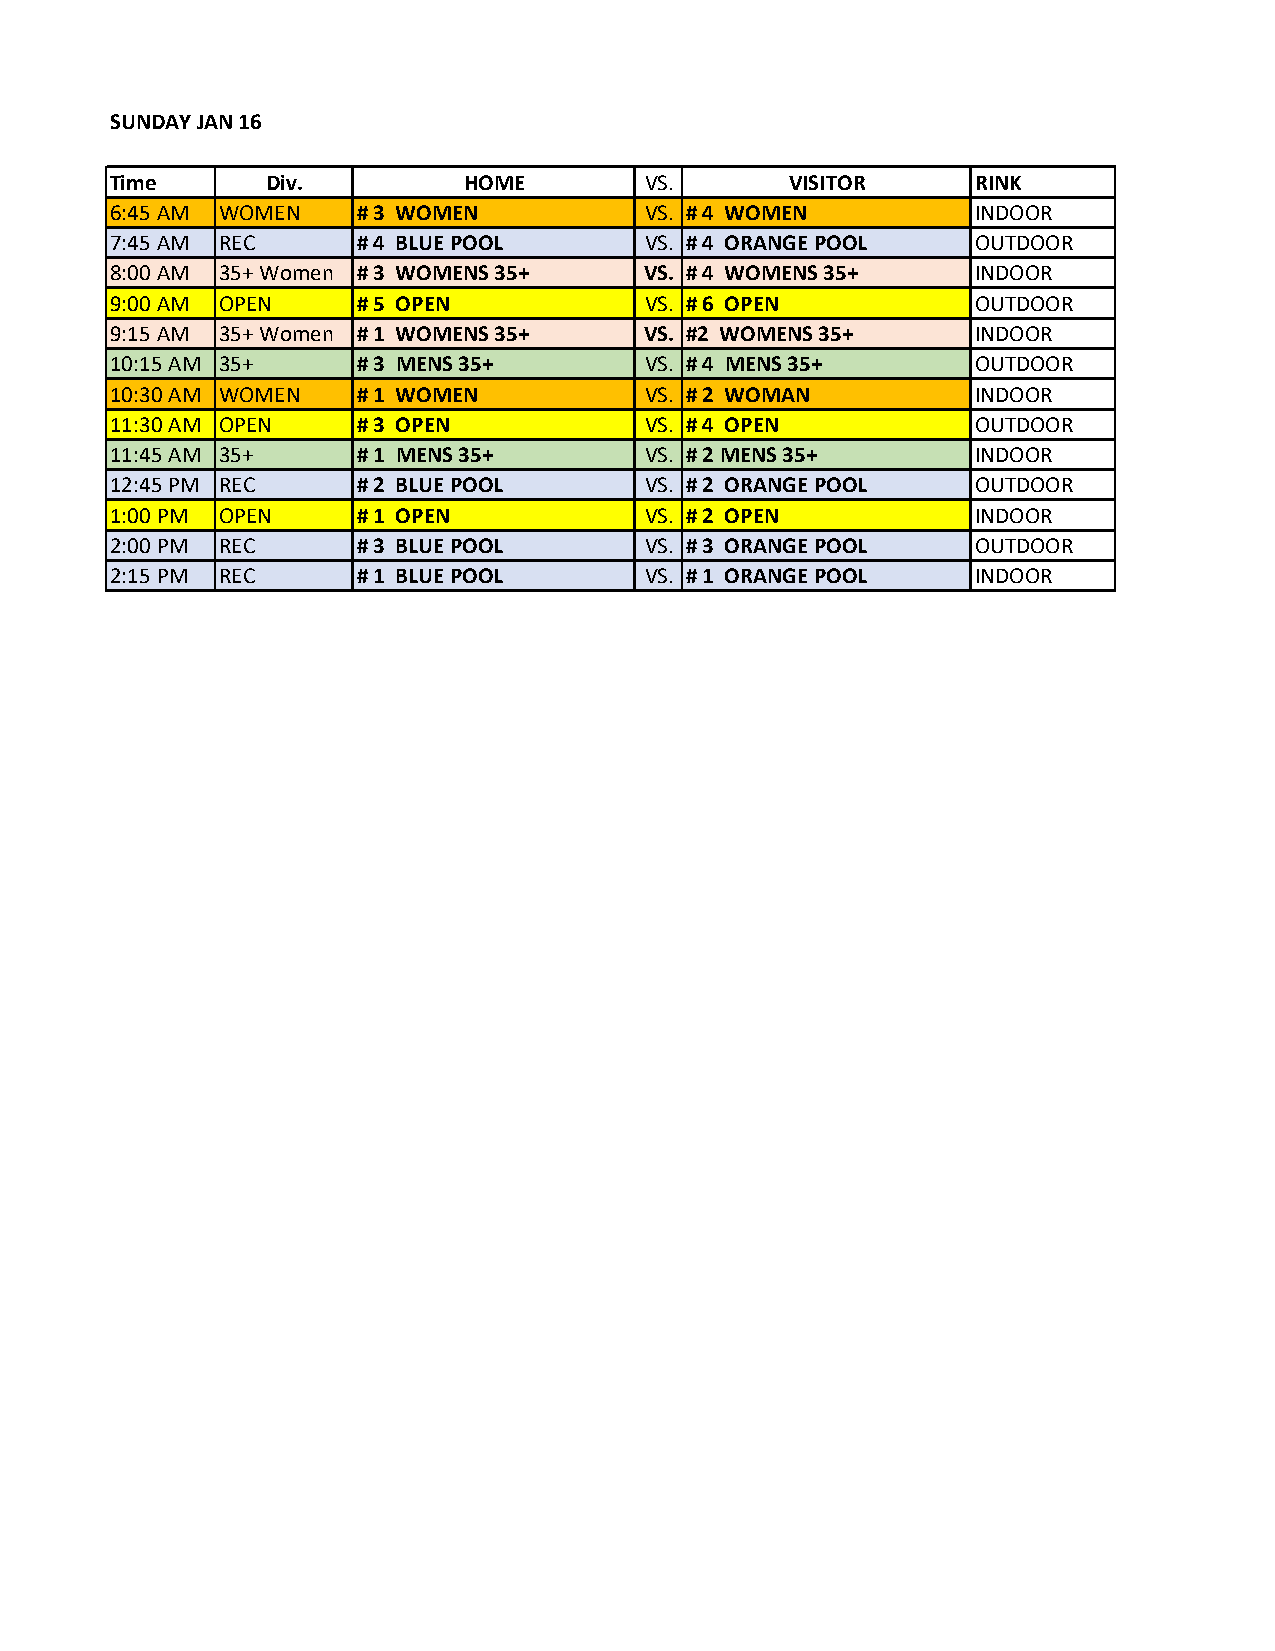
SUNDAY JAN 16
 Time       Div.         HOME        VS.      VISITOR      RINK
 6:45 AM WOMEN    # 3 WOMEN          VS. # 4 WOMEN         INDOOR
 7:45 AM REC      # 4 BLUE POOL      VS. # 4 ORANGE POOL   OUTDOOR
 8:00 AM 35+ Women # 3 WOMENS 35+    VS. # 4 WOMENS 35+    INDOOR
 9:00 AM OPEN     # 5 OPEN           VS. # 6 OPEN          OUTDOOR
 9:15 AM 35+ Women # 1 WOMENS 35+    VS. #2 WOMENS 35+     INDOOR
 10:15 AM 35+     # 3 MENS 35+       VS. # 4 MENS 35+      OUTDOOR
 10:30 AM WOMEN   # 1 WOMEN          VS. # 2 WOMAN         INDOOR
 11:30 AM OPEN    # 3 OPEN           VS. # 4 OPEN          OUTDOOR
 11:45 AM 35+     # 1 MENS 35+       VS. # 2 MENS 35+      INDOOR
 12:45 PM REC     # 2 BLUE POOL      VS. # 2 ORANGE POOL   OUTDOOR
 1:00 PM OPEN     # 1 OPEN           VS. # 2 OPEN          INDOOR
 2:00 PM REC      # 3 BLUE POOL      VS. # 3 ORANGE POOL   OUTDOOR
 2:15 PM REC      # 1 BLUE POOL      VS. # 1 ORANGE POOL   INDOOR